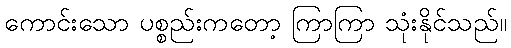
ကောင်းသော ပစ္စည်းကတော့ ကြာကြာ သုံးနိုင်သည်။